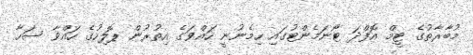
މުބާރާތުގެ ޓީމް އޮފްދަ ޓޯނަމެންޓުގައި ހިމެނުނީ ހައްވަގެ އިތުރުން ޕޮލިހުގެ ހައްވާ ސަހާ